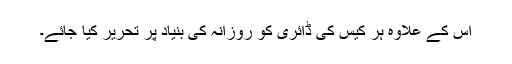
اس کے علاوہ ہر کیس کی ڈائری کو روزانہ کی بنیاد پر تحریر کیا جائے۔